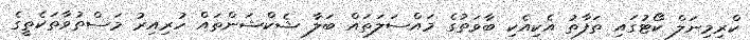
ކްރިމިނަލް ކޯޓުގައި ތަފާތު އެކިއެކި ބާވަތުގެ މައްސަލަތައް ބަލާ ޝެކްޝަންތައް ހުރިއިރު މަސްތުވާތަކެތީގެ